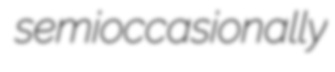
semioccasionally